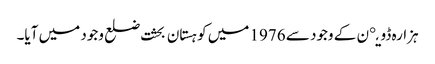
ہزارہ ڈویږن کے وجود سے 1976 میں کوہستان بحثت ضلع وجود میں آیا۔